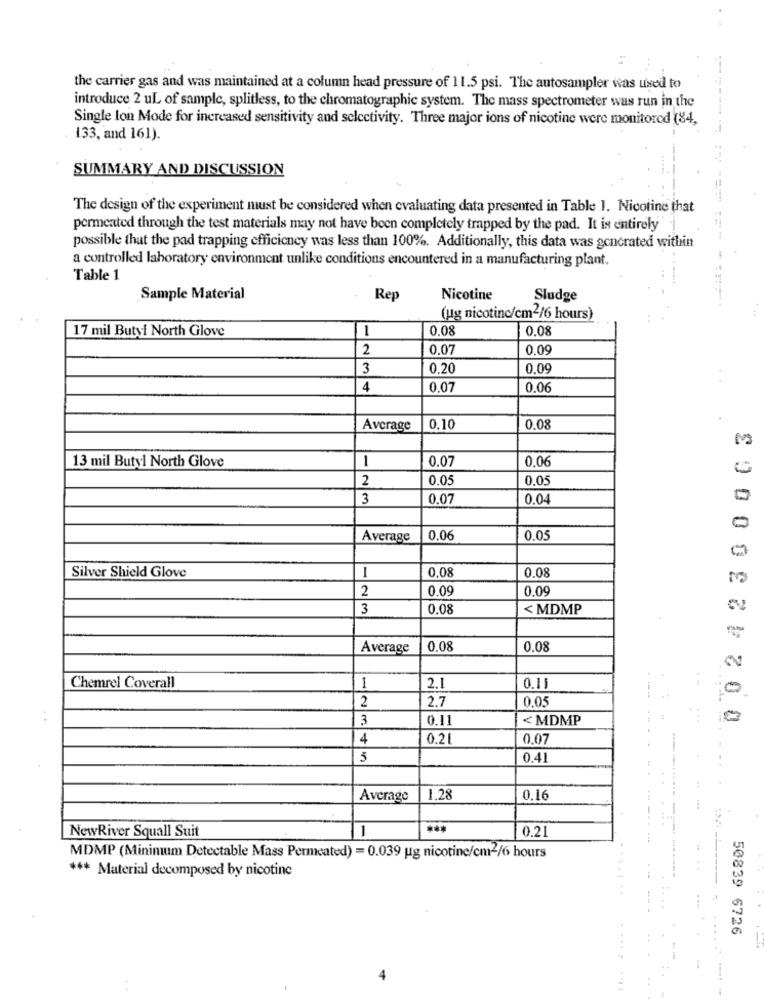
the carrier gas and was maintained at a column head pressure of 11.5 psi. The autosampler was used to
introduce 2 uL of sample, splitless, to the chromatographie system. The mass spectrometer was run in the
Single lon Mode for increased sensitivity and selectivity. Three major ions of nicotine were monitored (84,
133, and 161).
SUMMARY AND DISCUSSION
The design of the experiment must be considered when evaluating data presented in Table 1. Nicotine that
permeated through the test materials may not have been completely trapped by the pad. It is entirely
possible that the pad trapping efficiency was less than 100%. Additionally, this data was gencrated within
a controlled laboratory environment unlike conditions encountered in a manufacturing plant.
Table 1
Sample Material
Rep
Nicotine
Sludge
(ug nicotinc/cm2/6 hours)
17 mil Butyl North Glove
1
0.08
0.08
2
0.07
0.09
3
0.20
0.09
4
0.07
0.06
Average
0,10
0.08
0 0242300063
13 mil Butyl North Glove
1
0.07
0.06
2
0.0
0.05
3
0.07
0.04
Average
0,06
0.05
Silver Shield Glove
1
0.08
0,08
2
0.09
0.09
3
0.08
< MDMP
Average
0.08
0.08
Chemrel Coverall
1
2.1
0.11
2.7
0.05
2
3
0.11
< MDMP
4
0.2L
0.07
5
0.41
:
Average
1.28
0.16
NewRiver Squall Suit
1
0.21
MDMP (Minimum Detectable Mass Permeated) = 0.039 ug nicotine/cm2/6 hours
*** Material decomposed by nicotine
....
50839 6726
.....